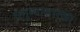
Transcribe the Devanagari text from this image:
धनुष्यासारखा